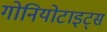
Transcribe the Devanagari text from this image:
गोनियोटाइट्स